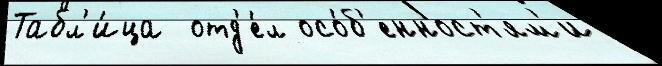
Табл'и́ца  отд'е́л осо́б'енност'ям'и